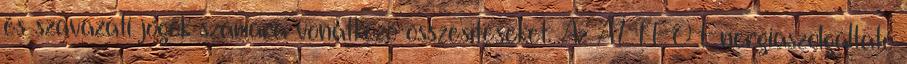
és szavazati jogok számára vonatkozó összesítéseket. Az ALTEO Energiaszolgáltató